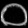
Digit: ၀